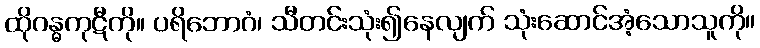
ထိုဂန္ဓကုဋီကို။ ပရိဘောဂံ၊ သီတင်းသုံး၍နေလျက် သုံးဆောင်အံ့သောသူကို။